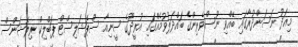
މިއަދު ނަސަންދުރާގައި ބޭއްވި ނޫސްވެރިންގެ ބައްދަލުވުމެއްގައި އުރީދޫގެ ސީނިއާ ސްޕެޝަލިސްޓް ޕަބްލިކް ރިލޭޝަންސް